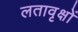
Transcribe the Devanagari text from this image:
लतावृक्षों